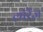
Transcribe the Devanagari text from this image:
लॉरेंज़